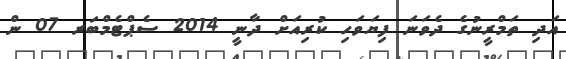
އަދި ތަމްރީނުގެ ދެވަނަ ފިޔަވަހި ކުރިއަށް ދާނީ 2014 ސެޕްޓެމްބަރ 07 ން